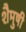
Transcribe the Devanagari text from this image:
शैमुषी